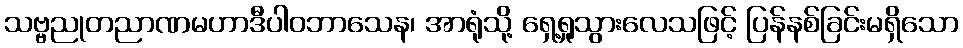
သဗ္ဗညုတညာဏမဟာဒီပါဝဘာသေန၊ အာရုံသို့ ရှေ့ရှုသွားလေသဖြင့် ပြန်နစ်ခြင်းမရှိသော